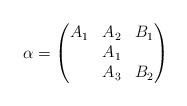
LaTeX: \begin{align*}\alpha = \begin{pmatrix}A_1 & A_2 & B_1\\ & A_1 \\ & A_3 & B_2\end{pmatrix}\end{align*}